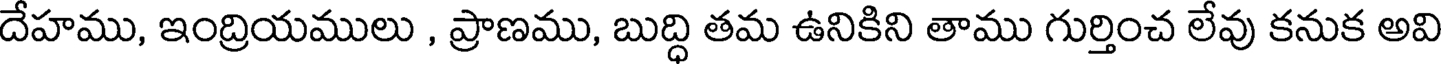
దేహము, ఇంద్రియములు , ప్రాణము, బుద్ధి తమ ఉనికిని తాము గుర్తించ లేవు కనుక అవి